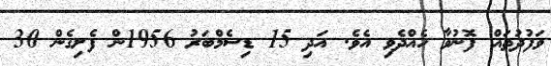
ވަފުދުތައް ފޮނުވާ ހެއްދެވި އެވެ. އަދި 15 ޑިސެމްބަރު 1956ން ފެށިގެން 30